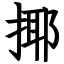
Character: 揶